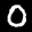
Label: 0